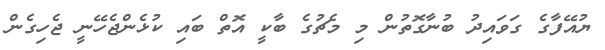
ޔުއޭފާގެ ގަވައިދު ބުނާގޮތުން މި މެޗުގެ ބާކީ އޮތް ބައި ކުޅެންޖެހޭނީ ޖެހިގެން